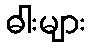
ဓါးများ